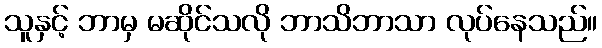
သူနှင့် ဘာမှ မဆိုင်သလို ဘာသိဘာသာ လုပ်နေသည်။